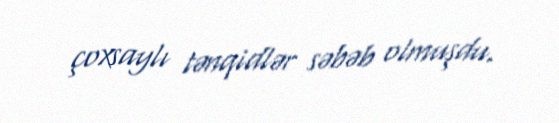
çoxsaylı tənqidlər səbəb olmuşdu.